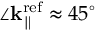
\angle { \bf k } _ { \parallel } ^ { \mathrm { r e f } } \approx 4 5 ^ { \circ }